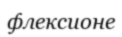
флексионе